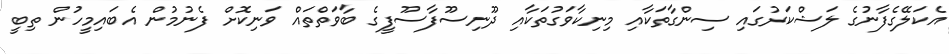
އެކަލޭގެފާނުގެ ލަޝްކަރުގައި ސިންގާތަކާއި މިނިކާވަގުތަކާއި ދޫނިސޫފާސޫފީގެ ބާވަތްތައް ވަނިކޮށް ފެނުމުން އެބައިމީހުން ތިބީ